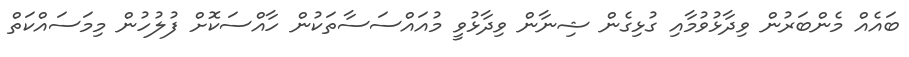
ބައެއް މެންބަރުން ވިދާޅުވުމާއި ގުޅިގެން ޝިނާން ވިދާޅުވީ މުއައްސަސާތަކުން ހާއްސަކޮށް ފުލުހުން މިމަސައްކަތް